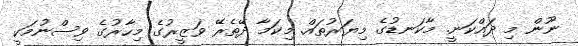
ނޫން މި ދައްކަނީ. މާކަނޑުގެ މިޔަރުތައް. މިކަމާ ދޭތެރޭ ވަޒީރުގެ މިހާރުގެ ވިސްނުމަކީ